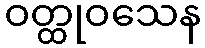
ဝတ္ထုဝသေန